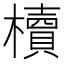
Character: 櫝